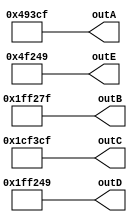
module quadrantDraw (outA,outB,outC,outD,outE);

output [0:20]outA=21'o1111717;
output [0:20]outB=21'o7771177;
output [0:20]outC=21'o7171717;
output [0:20]outD=21'o7771111;
output [0:20]outE=21'o1171111;

endmodule